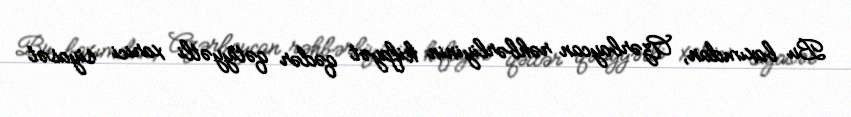
Bu baxımdan, Azərbaycan rəhbərliyinin kifayət qədər qətiyyətli xarici siyasət